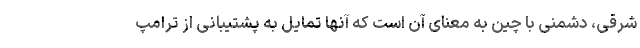
شرقی، دشمنی با چین به معنای آن است که آنها تمایل به پشتیبانی از ترامپ